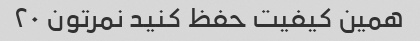
همین کیفیت حفظ کنید نمرتون ۲۰